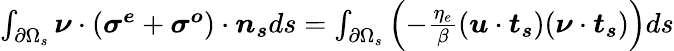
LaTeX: \begin{array}{r}{\int_{\partial\Omega_{s}}\boldsymbol{\nu}\cdot(\boldsymbol{\sigma^{e}}+\boldsymbol{\sigma^{o}})\cdot\boldsymbol{n_{s}}ds=\int_{\partial\Omega_{s}}\left(-\frac{\eta_{e}}{\beta}(\boldsymbol{u}\cdot\boldsymbol{t_{s}})(\boldsymbol{\nu}\cdot\boldsymbol{t_{s}})\right)ds}\end{array}